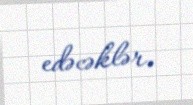
edəcəklər.